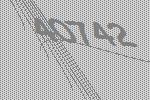
40742